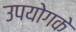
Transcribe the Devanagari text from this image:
उपयोगके